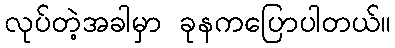
လုပ်တဲ့အခါမှာ ခုနကပြောပါတယ်။